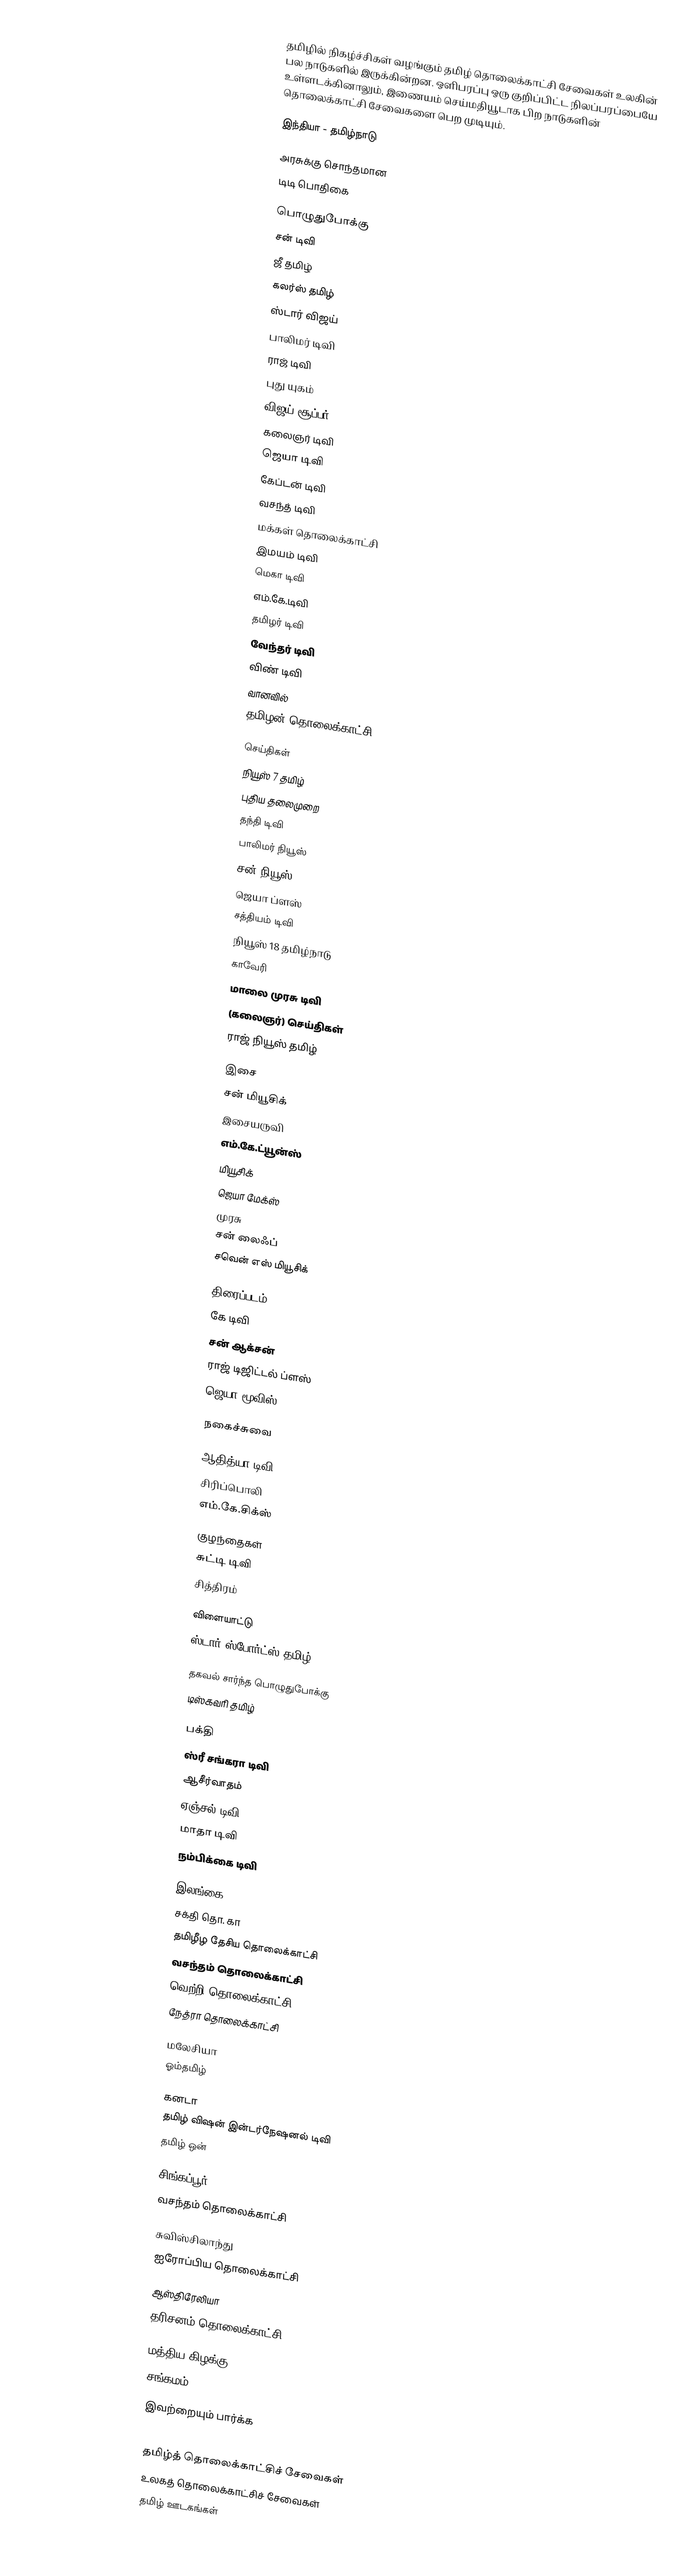
தமிழில் நிகழ்ச்சிகள் வழங்கும் தமிழ் தொலைக்காட்சி சேவைகள் உலகின் பல நாடுகளில் இருக்கின்றன. ஒளிபரப்பு ஒரு குறிப்பிட்ட நிலப்பரப்பையே உள்ளடக்கினாலும், இணையம் செய்மதியூடாக பிற நாடுகளின் தொலைக்காட்சி சேவைகளை பெற முடியும்.

இந்தியா - தமிழ்நாடு

அரசுக்கு சொந்தமான
டிடி பொதிகை

பொழுதுபோக்கு
சன் டிவி
ஜீ தமிழ்
கலர்ஸ் தமிழ்
ஸ்டார் விஜய்
பாலிமர் டிவி
ராஜ் டிவி
புது யுகம்
விஜய் சூப்பர்
கலைஞர் டிவி
ஜெயா டிவி
கேப்டன் டிவி
வசந்த் டிவி
மக்கள் தொலைக்காட்சி
இமயம் டிவி
மெகா டிவி
எம்.கே.டிவி
தமிழர் டிவி
வேந்தர் டிவி
விண் டிவி
வானவில்
தமிழன் தொலைக்காட்சி

செய்திகள்
நியூஸ் 7 தமிழ்
புதிய தலைமுறை
தந்தி டிவி
பாலிமர் நியூஸ்
சன் நியூஸ்
ஜெயா ப்ளஸ்
சத்தியம் டிவி
நியூஸ் 18 தமிழ்நாடு
காவேரி
மாலை முரசு டிவி
(கலைஞர்) செய்திகள்
ராஜ் நியூஸ் தமிழ்

இசை
சன் மியூசிக்
இசையருவி
எம்.கே.ட்யூன்ஸ்
மியூசிக்
ஜெயா மேக்ஸ்
முரசு
சன் லைஃப்
சவென் எஸ் மியூசிக்

திரைப்படம்
கே டிவி
சன் ஆக்சன்
ராஜ் டிஜிட்டல் ப்ளஸ்
ஜெயா மூவிஸ்

நகைச்சுவை

ஆதித்யா டிவி
சிரிப்பொலி
எம்.கே.சிக்ஸ்

குழந்தைகள்
சுட்டி டிவி
சித்திரம்

விளையாட்டு
ஸ்டார் ஸ்போர்ட்ஸ் தமிழ்

தகவல் சார்ந்த பொழுதுபோக்கு
டிஸ்கவரி தமிழ்

பக்தி
ஸ்ரீ சங்கரா டிவி
ஆசீர்வாதம்
ஏஞ்சல் டிவி
மாதா டிவி
நம்பிக்கை டிவி

இலங்கை
 சக்தி தொ. கா
 தமிழீழ தேசிய தொலைக்காட்சி
 வசந்தம் தொலைக்காட்சி
 வெற்றி தொலைக்காட்சி
 நேத்ரா தொலைக்காட்சி

மலேசியா
 ஓம்தமிழ்

கனடா
 தமிழ் விஷன் இன்டர்நேஷனல் டிவி
 தமிழ் ஒன்

சிங்கப்பூர்
 வசந்தம் தொலைக்காட்சி

சுவிஸ்சிலாந்து
 ஐரோப்பிய தொலைக்காட்சி

ஆஸ்திரேலியா
 தரிசனம் தொலைக்காட்சி

மத்திய கிழக்கு
 சங்கமம்

இவற்றையும் பார்க்க
 :en:List of Tamil language television channels

தமிழ்த் தொலைக்காட்சிச் சேவைகள்
உலகத் தொலைக்காட்சிச் சேவைகள்
தமிழ் ஊடகங்கள்